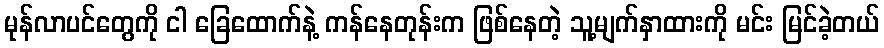
မုန်လာပင်တွေကို ငါ ခြေထောက်နဲ့ ကန်နေတုန်းက ဖြစ်နေတဲ့ သူ့မျက်နှာထားကို မင်း မြင်ခဲ့တယ်